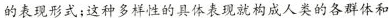
的表现形式;这种多样性的具体表现就构成人类的各群体和